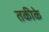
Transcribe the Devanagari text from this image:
तकीके